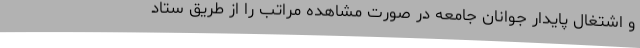
و اشتغال پایدار جوانان جامعه در صورت مشاهده مراتب را از طریق ستاد